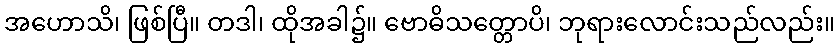
အဟောသိ၊ ဖြစ်ပြီ။ တဒါ၊ ထိုအခါ၌။ ဗောဓိသတ္တောပိ၊ ဘုရားလောင်းသည်လည်း။